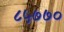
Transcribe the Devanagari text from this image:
८५७७०